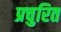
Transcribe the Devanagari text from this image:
प्रचुरित